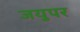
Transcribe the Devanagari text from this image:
जयुपर